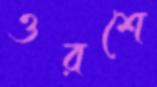
ওরশে